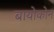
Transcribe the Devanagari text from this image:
बायोकोन